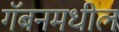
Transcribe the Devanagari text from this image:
गॅबनमधील